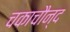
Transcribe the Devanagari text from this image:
चकाचौन्द